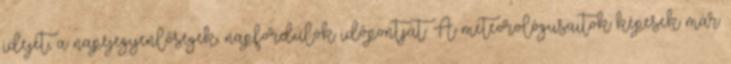
idejét, a napéjegyenlőségek, napfordulók időpontját. A meteorológusaitok képesek már